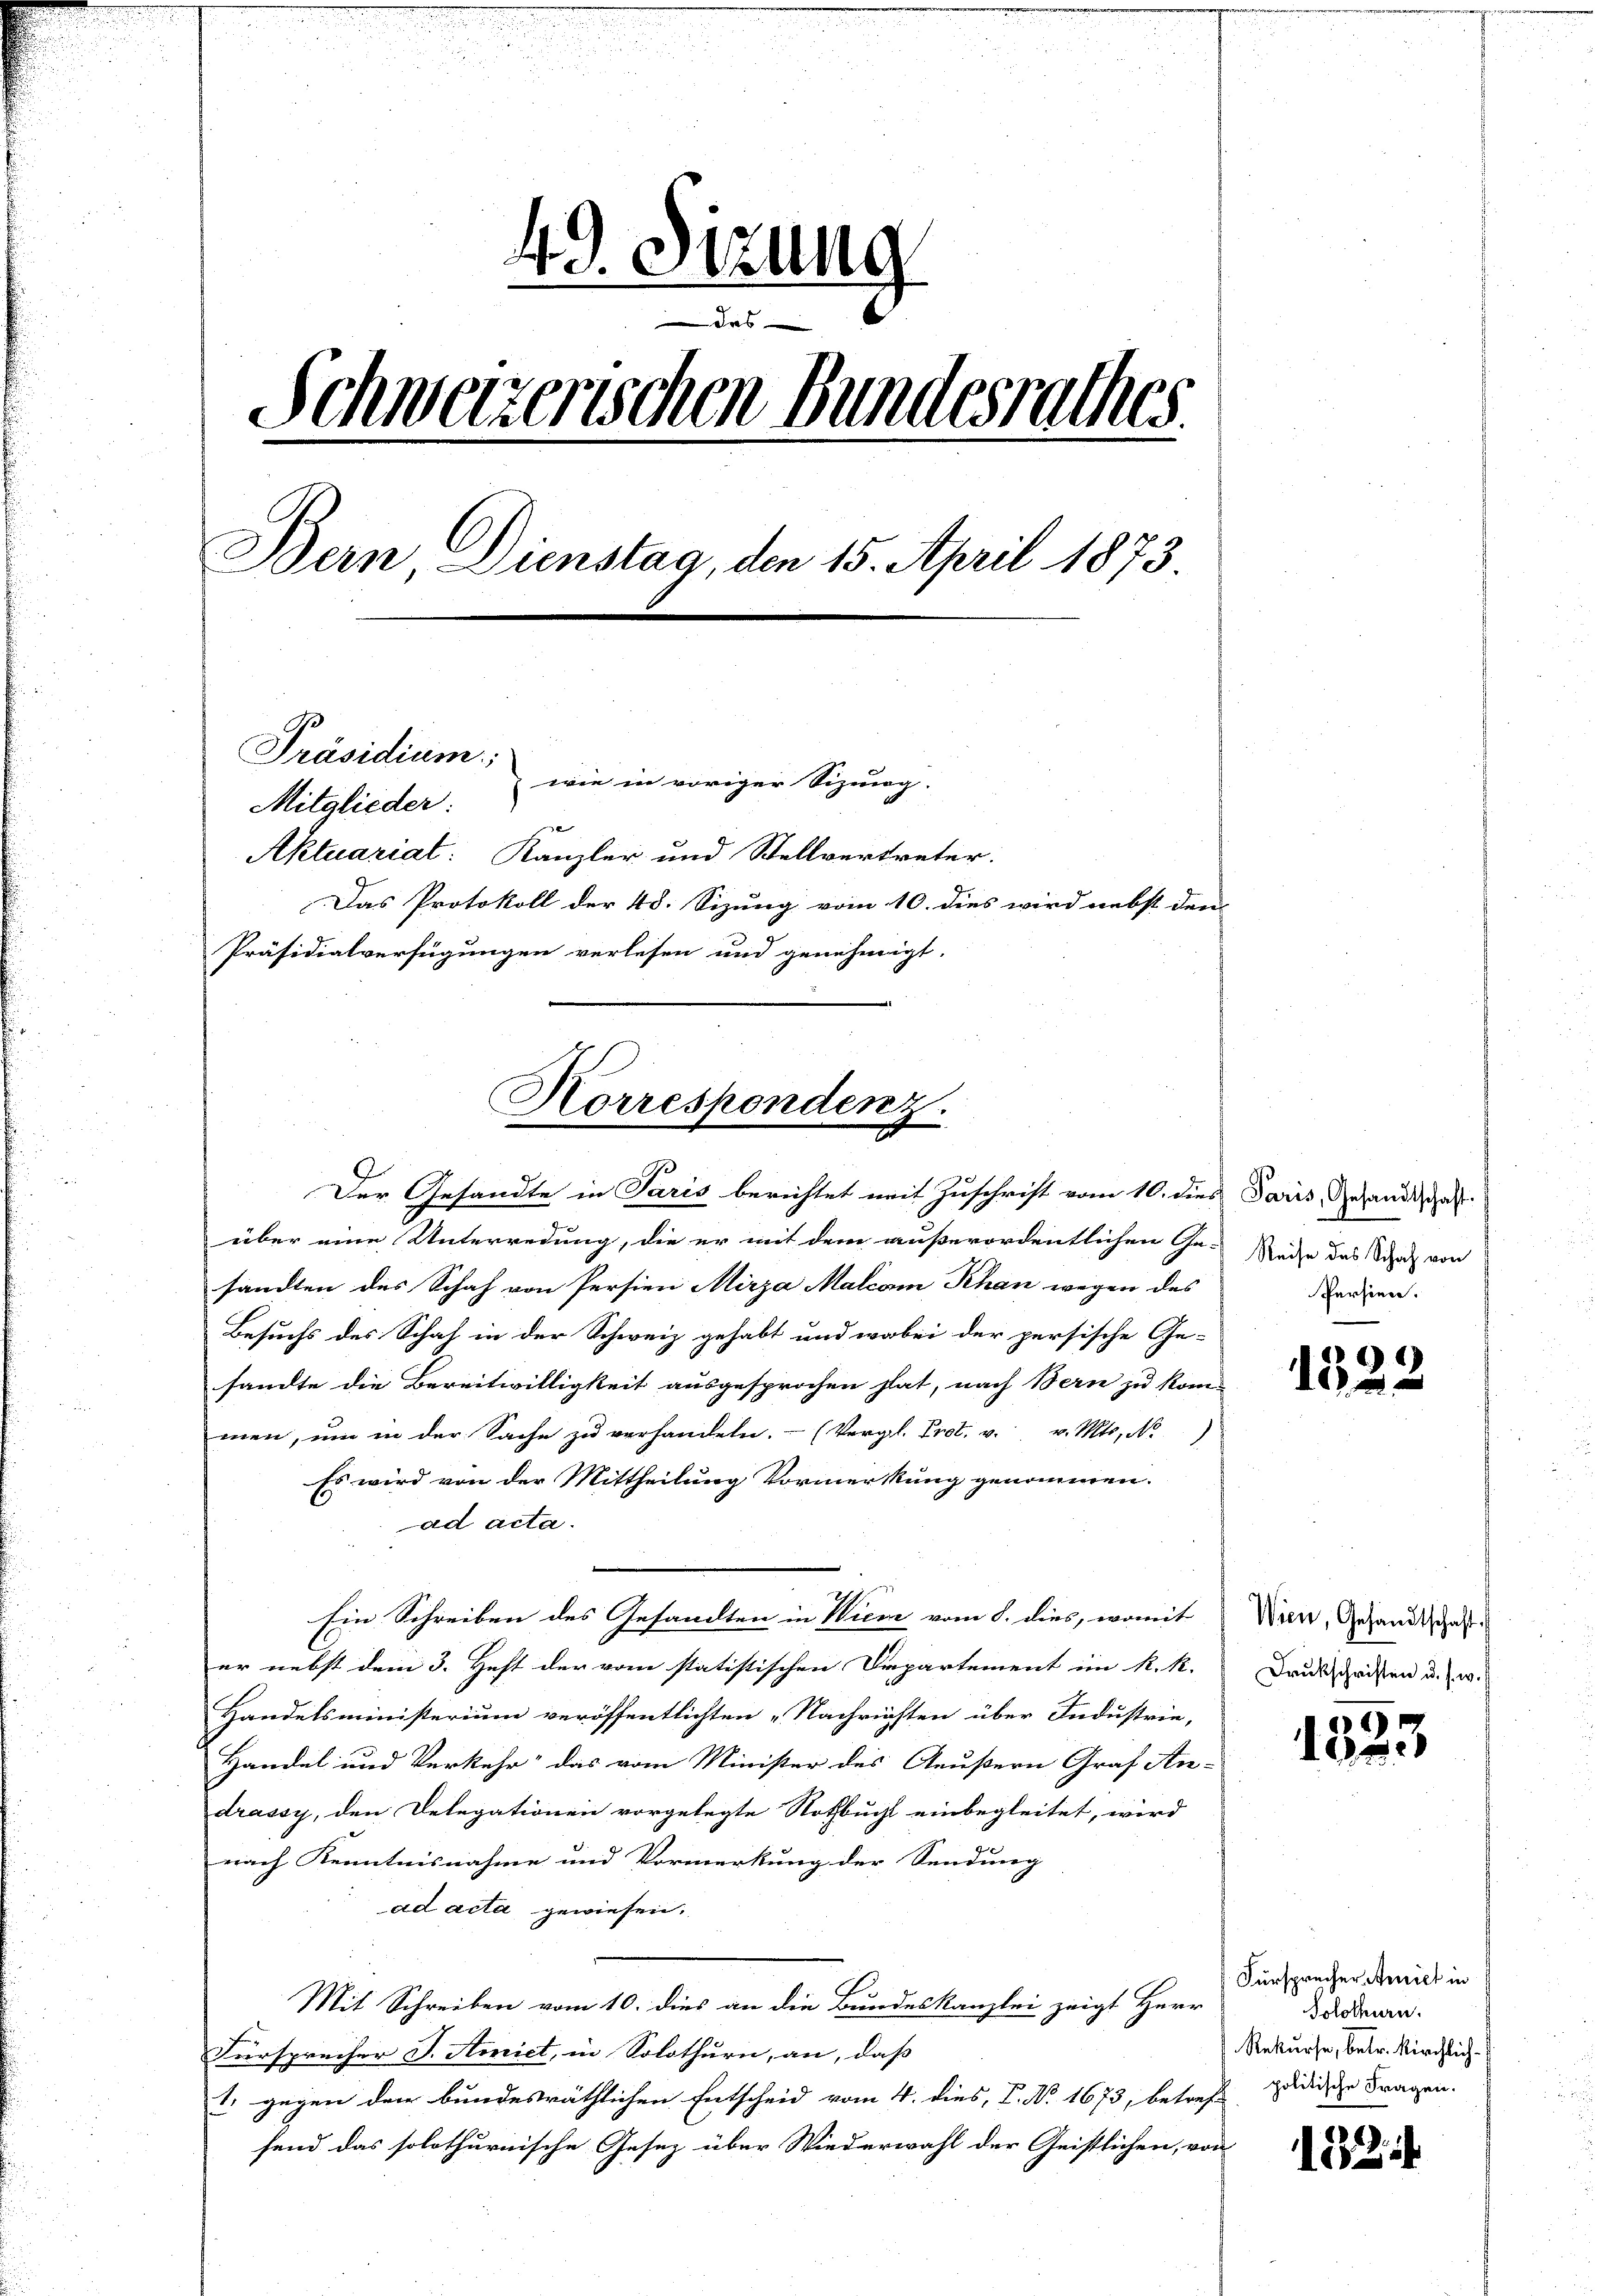
49. Sizung
d
Schweizerischen Bundesrathes
Bern, Dienstag, den 15. April 1873

Präsidium;
wie in voriger Sizung.
Mitglieder:
Aktuariat: Kanzler und Stellvertreter.
Das Protokoll der 48. Sizung vom 10. dies wird nebst den
Präsidialverfügungen verlesen und genehmigt.

Horrespondenz.
Der Gesandte in Paris berichtet mit Zuschrift vom 10. dies

über eine Unterredung, die er mit dem außerordentlichen Ge-
sandten des Schaf von Persien Mirza Malcam Khan wegen des
Besuchs des Schaf in der Schweiz gehabt und wobei der persische Ge-
sandte die Bereitwilligkeit ausgesprochen hat, nach Bern zu kom-
men, ŭm in der Sache zŭ verhandeln. (Vergl. Prot. u. v. Mts. No
Es wird von der Mittheilung Vormerkung genommen.
ad acta.
Ein Schreiben des Gesandten in Wien vom 8. dies, womit
er nebst dem 3. Heft der vom statistischen Departement im R. R.
Handelsministerium veröffentlichten „Nachrichten über Industrie,
Handel und Verkehr das vom Minister des Aeußern Graf An-
drassy, den Delegationen vorgelegte Nothbuch einbegleitet, wird
nach Kenntnisnahme und Vormerkung der Sendung
ad acta gewiesen.
Mit Schreiben vom 10. dies an die Bundeskanzlei zeigt Herr
Fürsprecher J. Amict, in Solothurn, an, dass |
1. gegen der bundesräthlichen Entscheid vom 4. dies, P. Nr. 1673, betreff
fend das solothurnische Gesez über Wiederwahl der Geistlichen, von

Paris, Gesandtschaft.
Reise das Schaf von
Persien.

1322

Wien, Gesandtschaft.
Drukschriften u. s. w.

1323

Fürsprecher Amiet in
Solothurn.
Rekurse, betr. Kirchlich-
politische Fragen.

152